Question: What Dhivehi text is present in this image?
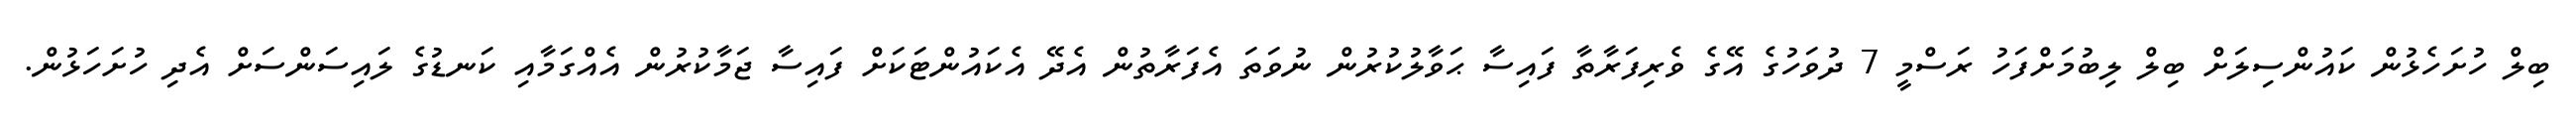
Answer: ބިލް ހުށަހެޅުން ކައުންސިލަށް ބިލް ލިބުމަށްފަހު ރަސްމީ 7 ދުވަހުގެ އޭގެ ވެރިފަރާތާ ފައިސާ ޙަވާލުކުރުން ނުވަތަ އެފަރާތުން އެދޭ އެކައުންޓަކަށް ފައިސާ ޖަމާކުރުން އެއްގަމާއި ކަނޑުގެ ލައިސަންސަށް އެދި ހުށަހަޅުން.